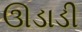
ઊડાડી